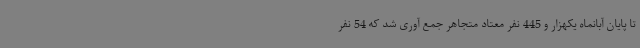
تا پایان آبانماه یکهزار و 445 نفر معتاد متجاهر جمع آوری شد که 54 نفر